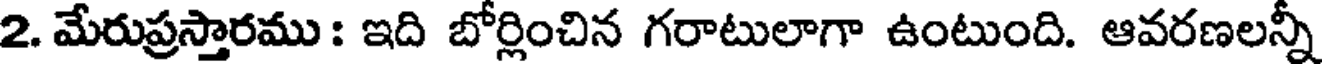
2. మేరుప్రస్తారము : ఇది బోర్లించిన గరాటులాగా ఉంటుంది. ఆవరణలన్ని